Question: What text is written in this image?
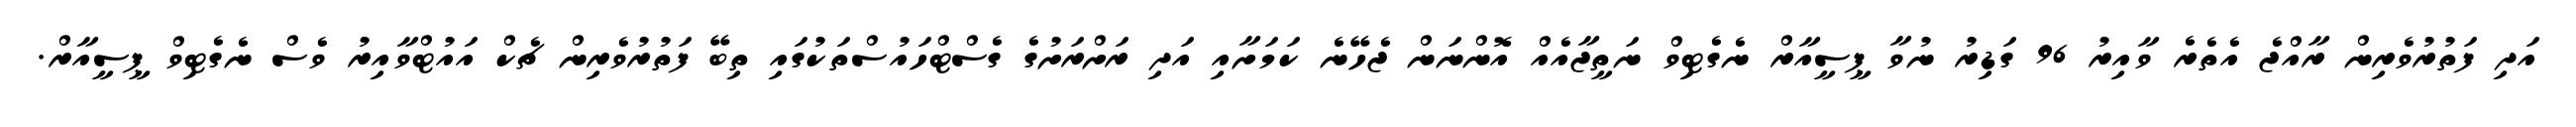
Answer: އަދި ފަތުރުވެރިން ރާއްޖެ އެތެރެ ވާއިރު 96 ގަޑިރު ނުވާ ޕީސީއާރް ނެގެޓިވް ނަތީޖާއެއް އޮންނަން ޖެހޭނެ ކަމަށާއި އަދި ރަށްރަށުގެ ގެސްޓްހައުސްތަކުގައި ތިބޭ ފަތުރުވެރިން ޗެކް އައުޓްވާއިރު ވެސް ނެގެޓިވް ޕީސީއާރް.